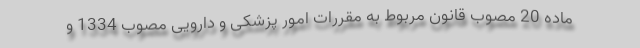
ماده 20 مصوب قانون مربوط به مقررات امور پزشکی و دارویی مصوب 1334 و